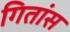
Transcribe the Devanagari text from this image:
गितांस